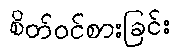
စိတ်ဝင်စားခြင်း